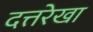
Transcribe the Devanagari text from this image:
दत्तरेखा